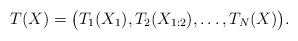
LaTeX: \begin{align*}T(X) = \big(T_1(X_1), T_2(X_{1:2}),\ldots, T_N(X)\big).\end{align*}